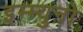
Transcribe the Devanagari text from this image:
इम्म्युनो